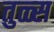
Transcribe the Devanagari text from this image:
तुळ्स